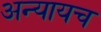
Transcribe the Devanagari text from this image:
अन्यायच